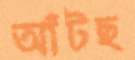
আঁটছ